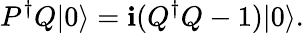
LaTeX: P^{\dagger}Q|0\rangle=\mathbf{i}(Q^{\dagger}Q-1)|0\rangle.